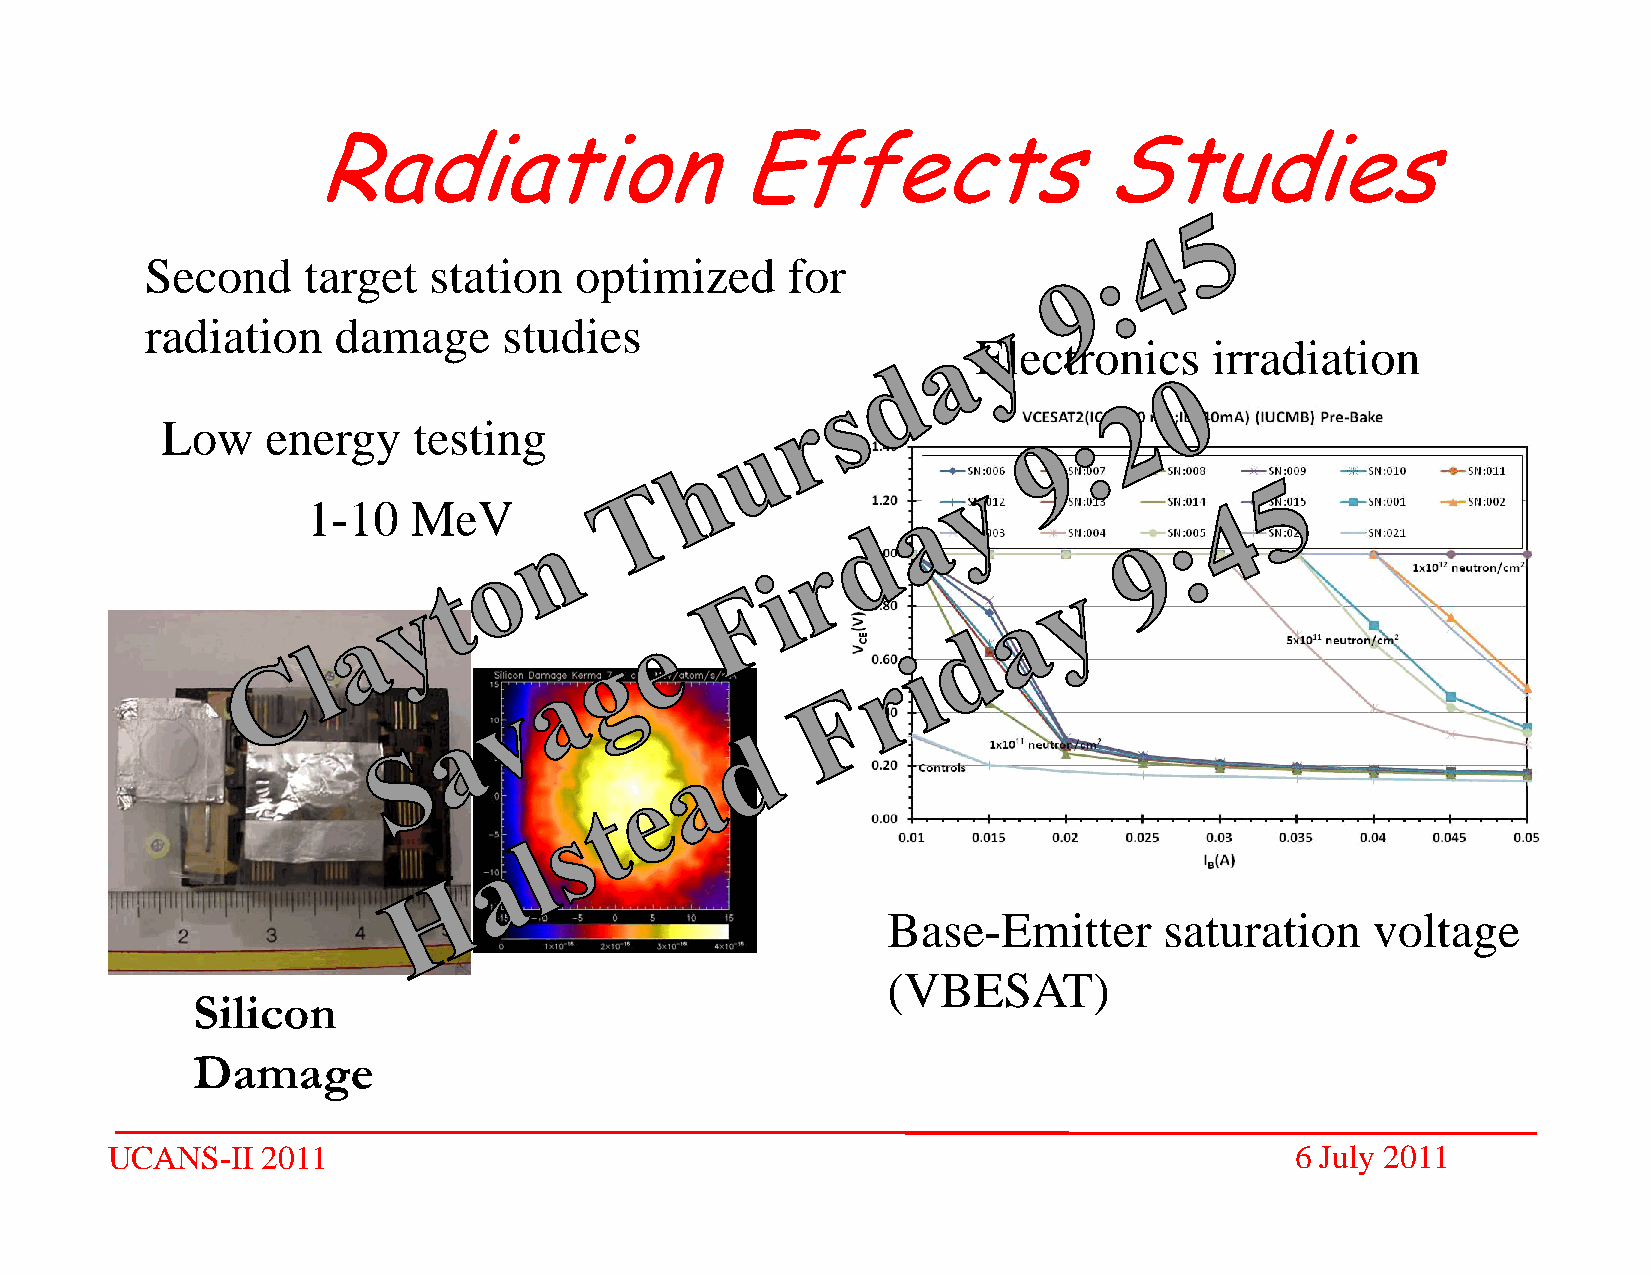
Radiation                   Effects                 Studies
 Second    target  station   optimized     for
 radiation   damage     studies
 Electronics    irradiation
 Low    energy   testing
 1-10   MeV
 Base-Emitter      saturation    voltage
 (VBESAT)
 Silicon
 Damage
 UCANS-II  2011                                                                 6 July 2011